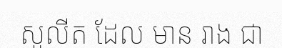
សូលីត ដែល មាន រាង ជា